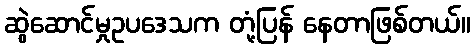
ဆွဲဆောင်မှုဥပဒေသက တုံ့ပြန် နေတာဖြစ်တယ်။